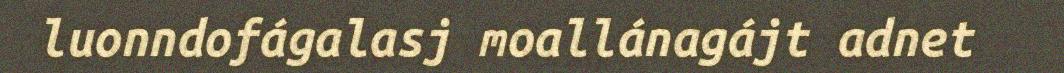
luonndofágalasj moallánagájt adnet